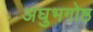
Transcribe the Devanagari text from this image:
अघुभगोष्ठ